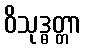
ဝိသုဒ္ဓတ္တာ